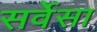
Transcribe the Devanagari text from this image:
सर्वेसा